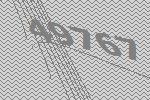
49767